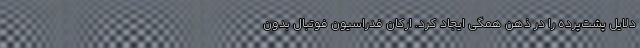
دلایل پشت‌پرده را در ذهن همگی ایجاد کرد. ارکان فدراسیون فوتبال بدون